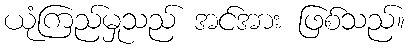
ယုံကြည်မှုသည် အင်အား ဖြစ်သည်။